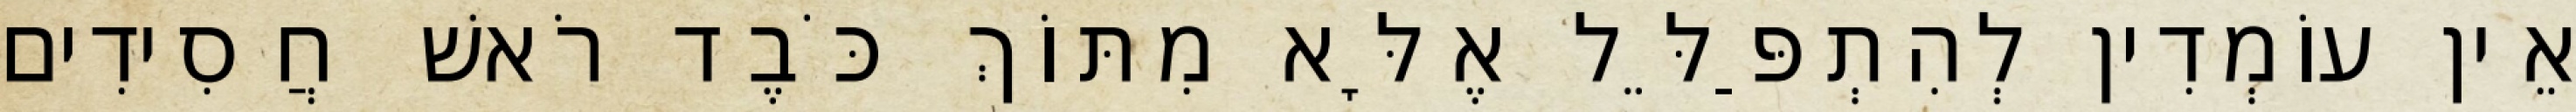
אֵין עוֹמְדִין לְהִתְפַּלֵּל אֶלָּא מִתּוֹךְ כֹּבֶד רֹאשׁ חֲסִידִים